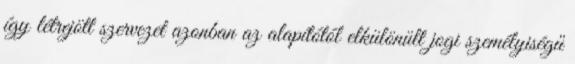
így létrejött szervezet azonban az alapítótól elkülönült jogi személyiségű